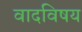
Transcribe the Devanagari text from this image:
वादविषय